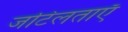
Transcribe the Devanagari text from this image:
जटिलताऍं